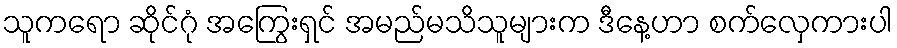
သူကရော ဆိုင်ဂုံ အကြွေးရှင် အမည်မသိသူများက ဒီနေ့ဟာ စက်လှေကားပါ